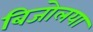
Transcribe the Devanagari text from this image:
बिजोलया